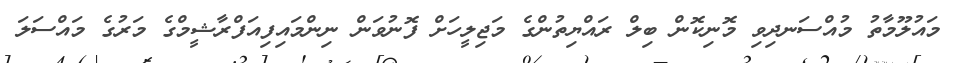
މައުލޫމާތު މުއްސަނދިވި މޮނިކޮން ބިލް ރައްޔިތުންގެ މަޖިލީހަށް ފޮނުވަން ނިންމައިފިއަފްރާޝީމްގެ މަރުގެ މައްސަލަ